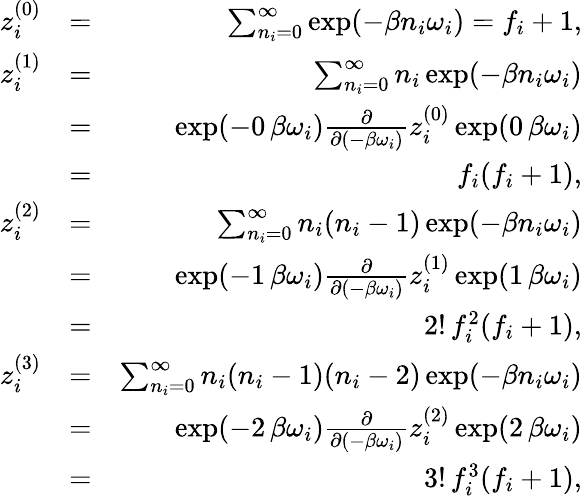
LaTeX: \begin{array}{rlr}{z_{i}^{(0)}}&{=}&{\sum_{n_{i}=0}^{\infty}\exp(-\beta n_{i}\omega_{i})=f_{i}+1,}\\ {z_{i}^{(1)}}&{=}&{\sum_{n_{i}=0}^{\infty}n_{i}\exp(-\beta n_{i}\omega_{i})}\\ &{=}&{\exp(-0\, \beta\omega_{i})\frac{\partial}{\partial(-\beta\omega_{i})}z_{i}^{(0)}\exp(0\, \beta\omega_{i})}\\ &{=}&{f_{i}(f_{i}+1),}\\ {z_{i}^{(2)}}&{=}&{\sum_{n_{i}=0}^{\infty}n_{i}(n_{i}-1)\exp(-\beta n_{i}\omega_{i})}\\ &{=}&{\exp(-1\, \beta\omega_{i})\frac{\partial}{\partial(-\beta\omega_{i})}z_{i}^{(1)}\exp(1\, \beta\omega_{i})}\\ &{=}&{2!\, f_{i}^{2}(f_{i}+1),}\\ {z_{i}^{(3)}}&{=}&{\sum_{n_{i}=0}^{\infty}n_{i}(n_{i}-1)(n_{i}-2)\exp(-\beta n_{i}\omega_{i})}\\ &{=}&{\exp(-2\, \beta\omega_{i})\frac{\partial}{\partial(-\beta\omega_{i})}z_{i}^{(2)}\exp(2\, \beta\omega_{i})}\\ &{=}&{3!\, f_{i}^{3}(f_{i}+1),}\end{array}